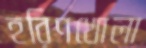
হরিণখোলা